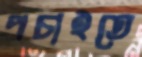
পচাইতে